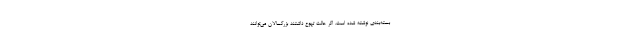
بسته‌بندی نوشته شده است. اگر حالت تهوع داشتند بزرگسالان می‌توانند